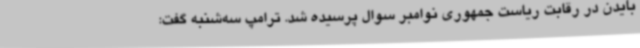
بایدن در رقابت ریاست جمهوری نوامبر سوال پرسیده شد. ترامپ سه‌شنبه گفت: